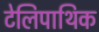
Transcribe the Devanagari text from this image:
टेलिपाथिक